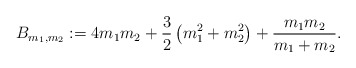
\begin{align*} B_{m_1,m_2}:=4m_1m_2+\frac{3}{2}\left(m_1^2+m_2^2\right)+\frac{m_1m_2}{m_1+m_2}.\end{align*}